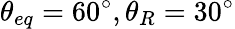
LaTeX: {\theta_{eq}}=60^{\circ},{\theta_{R}}=30^{\circ}